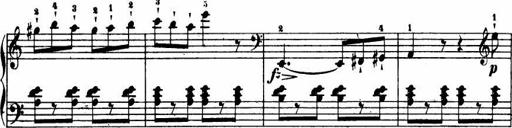
Title: Le bouquetier
Composer: Anton Diabelli
Key: G major
 C major
 F major
 C major